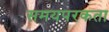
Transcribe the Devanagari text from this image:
समयपरकता